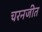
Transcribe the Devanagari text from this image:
चरनजीत